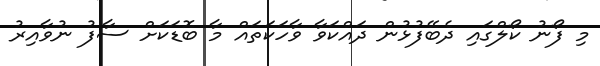
މި ފޯނު ކޯލްގައި ދެބޭފުޅުން ދައްކަވާ ވާހަކަތައް މާ ބޮޑަކަށް ސާފު ނުވާއިރު